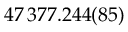
4 7 \, 3 7 7 . 2 4 4 ( 8 5 )